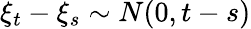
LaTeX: \xi_{t}-\xi_{s}\sim N(0,t-s)